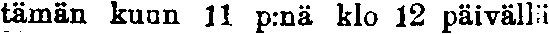
tämän kuun 11 p:nä klo 12 päivällä